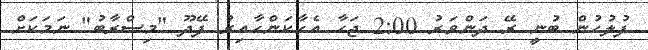
ފުލުހުން ބުނީ ރޭ ދަންވަރު 2:00 ޖަހާ އެހާކަންހާއިރު ފޭދޫ "މިސްރާބު" ނަމަކަށް